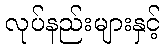
လုပ်နည်းများနှင့်